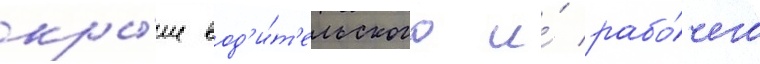
кры́ше вод'и́т'ельского и́ рабо́чего